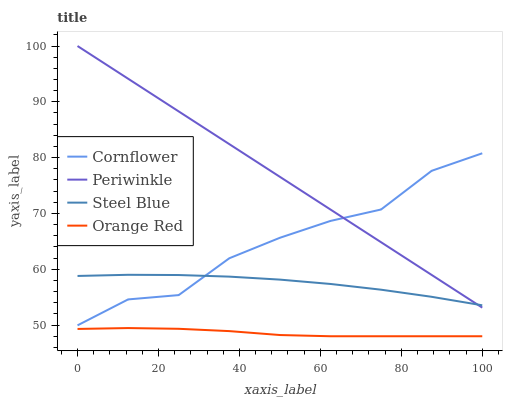
| xaxis_label | Cornflower | Periwinkle | Steel Blue | Orange Red |
 | --- | --- | --- | --- | --- |
 | 0 | 50 | 100 | 58.8 | 49.3 |
 | 12.5 | 54.6 | 94.1 | 59 | 49.5 |
 | 25 | 55.4 | 88.3 | 59 | 49.3 |
 | 37.5 | 62 | 82.4 | 58.7 | 48.9 |
 | 50 | 65.6 | 76.6 | 58.1 | 48.2 |
 | 62.5 | 68.7 | 70.7 | 57.4 | 48 |
 | 75 | 70.7 | 64.8 | 56.3 | 48 |
 | 87.5 | 77.6 | 59 | 55.1 | 48 |
 | 100 | 80.8 | 53.1 | 53.5 | 48 |